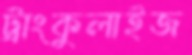
ট্রাংকুলাইজ